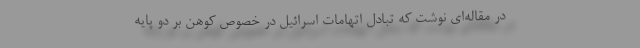
در مقاله‌ای نوشت که تبادل اتهامات اسرائیل در خصوص کوهن بر دو پایه